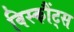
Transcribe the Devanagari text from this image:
विस्कौंट्स